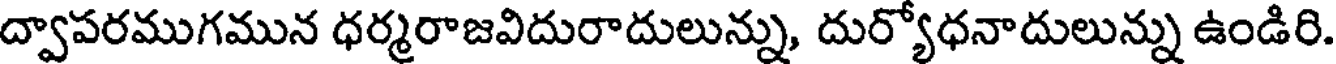
ద్వాపరముగమున ధర్మరాజవిదురాదులున్ను, దుర్యోధనాదులున్ను ఉండిరి.